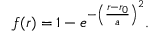
f ( r ) = 1 - e ^ { - \left( \frac { r - r _ { 0 } } { a } \right) ^ { 2 } } .